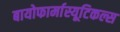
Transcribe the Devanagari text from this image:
बायोफार्मास्यूटिकल्स